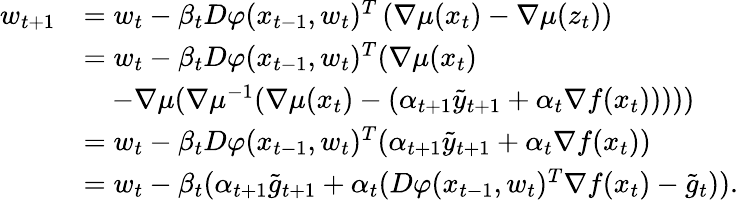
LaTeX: \begin{array}{rl}{w_{t+1}}&{=w_{t}-\beta_{t}D\varphi(x_{t-1},w_{t})^{T}\left(\nabla\mu(x_{t})-\nabla\mu(z_{t})\right)}\\ &{=w_{t}-\beta_{t}D\varphi(x_{t-1},w_{t})^{T}(\nabla\mu(x_{t})}\\ &{\quad-\nabla\mu(\nabla\mu^{-1}(\nabla\mu(x_{t})-(\alpha_{t+1}\tilde{y}_{t+1}+\alpha_{t}\nabla f(x_{t})))))}\\ &{=w_{t}-\beta_{t}D\varphi(x_{t-1},w_{t})^{T}(\alpha_{t+1}\tilde{y}_{t+1}+\alpha_{t}\nabla f(x_{t}))}\\ &{=w_{t}-\beta_{t}(\alpha_{t+1}\tilde{g}_{t+1}+\alpha_{t}(D\varphi(x_{t-1},w_{t})^{T}\nabla f(x_{t})-\tilde{g}_{t})).}\end{array}